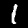
Digit: 1